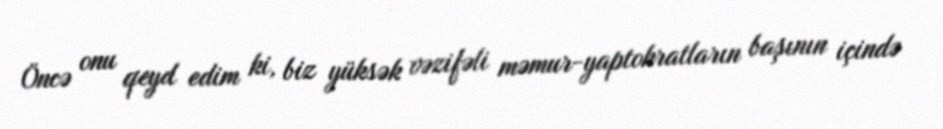
Öncə onu qeyd edim ki, biz yüksək vəzifəli məmur-yaptokratların başının içində